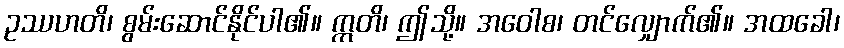
ဥဿဟတိ၊ စွမ်းဆောင်နိုင်ပါ၏။ ဣတိ၊ ဤသို့။ အဝေါစ၊ တင်လျှောက်၏။ အထခေါ၊